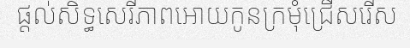
ផ្តល់សិទ្ធសេរីភាពអោយកូនក្រមុំជ្រើសរើស